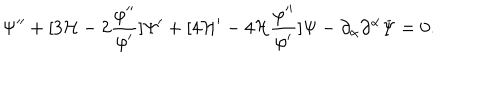
\Psi ^ { \prime \prime } + [ 3 { \cal H } - 2 \frac { \varphi ^ { \prime \prime } } { \varphi ^ { \prime } } ] \Psi ^ { \prime } + [ 4 { \cal H } ^ { \prime } - 4 { \cal H } \frac { \varphi ^ { \prime \prime } } { \varphi ^ { \prime } } ] \Psi - \partial _ { \alpha } \partial ^ { \alpha } \Psi = 0 .